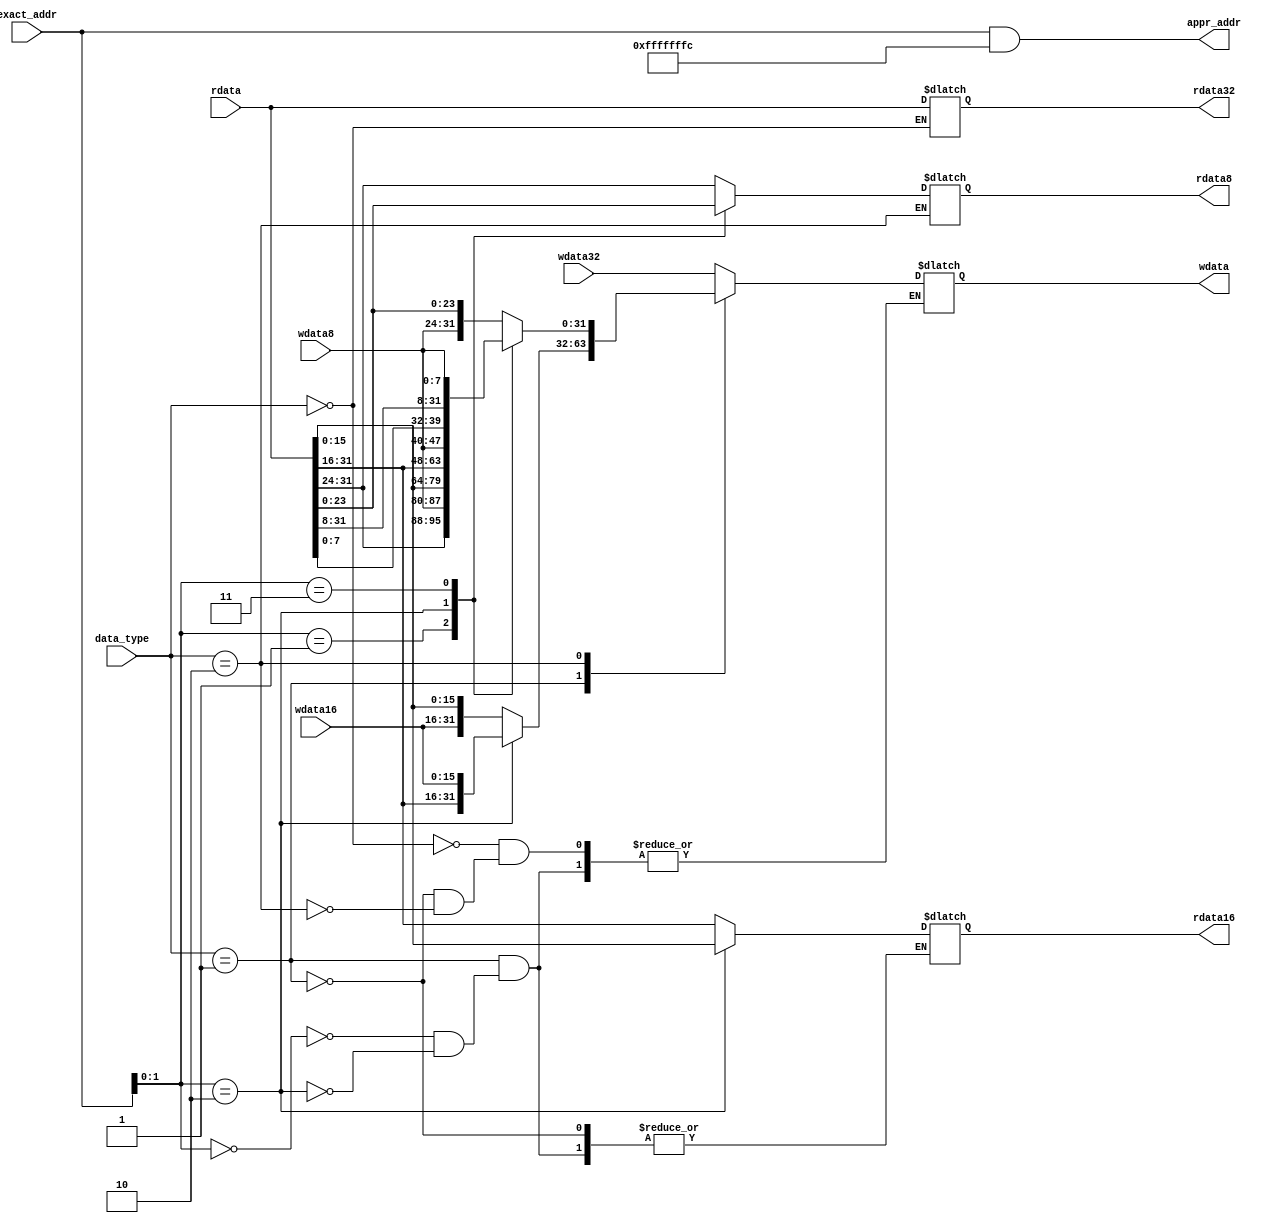
`timescale 1ns / 1ns
module cpmem(
    input [1:0] data_type,
    input [31:0] exact_addr,
    output [31:0] appr_addr,
    output reg [31:0] rdata32,
    output reg [15:0] rdata16,
    output reg [7:0] rdata8,
    input [31:0] rdata,
    input [31:0] wdata32,
    input [15:0] wdata16,
    input [7:0] wdata8,
    output reg [31:0] wdata
);
    wire [1:0] offset;
    assign offset = exact_addr[1:0];
    assign appr_addr = exact_addr & 32'hfffffffc;
    parameter Wdata=2'b00,Hdata=2'b01,Bdata=2'b10;
    always@(*)
    begin
        case(data_type)
        Wdata:begin
            rdata32<=rdata;
            wdata<=wdata32;
        end
        Hdata:begin
            case(offset)
            2'b00:begin
                rdata16<=rdata[31:16];
                wdata<={wdata16,rdata[15:0]};
            end
            2'b10:begin
                rdata16<=rdata[15:0];
                wdata<={rdata[31:16],wdata16};
            end
            endcase
        end
        Bdata:begin
            case(offset)
            2'b00:begin
                rdata8<=rdata[31:24];
                wdata<={wdata8,rdata[23:0]};
            end
            2'b01:begin
                rdata8<=rdata[23:16];
                wdata<={rdata[31:24],wdata8,rdata[15:0]};
            end
            2'b10:begin
                rdata8<=rdata[15:8];
                wdata<={rdata[31:16],wdata8,rdata[7:0]};
            end
            2'b11:begin
                rdata8<=rdata[7:0];
                wdata<={rdata[31:8],wdata8};
            end
            endcase
        end
        endcase
    end
endmodule